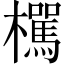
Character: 𣟭